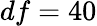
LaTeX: df=40